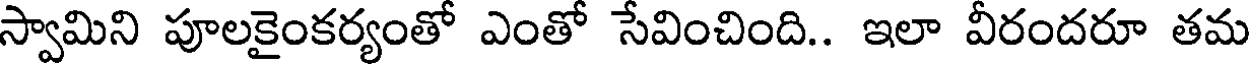
స్వామిని పూలకైంకర్యంతో ఎంతో సేవించింది.. ఇలా వీరందరూ తమ